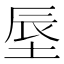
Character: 𪣗